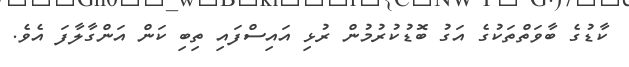
ކާޑުގެ ބާވަތްތަކުގެ އަގު ބޮޑުކުރުމުން ރުޅި އައިސްފައި ތިބި ކަން އަންގާލާފަ އެވެ.